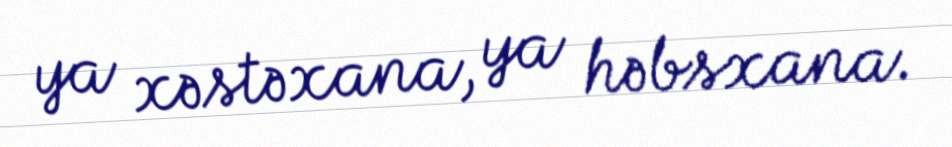
ya xəstəxana, ya həbsxana.